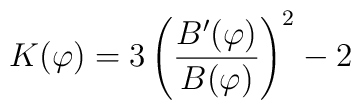
K(\varphi )=3\left(\frac{B'(\varphi)}{B(\varphi)}\right)^2-2